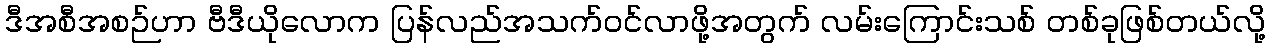
ဒီအစီအစဉ်ဟာ ဗီဒီယိုလောက ပြန်လည်အသက်ဝင်လာဖို့အတွက် လမ်းကြောင်းသစ် တစ်ခုဖြစ်တယ်လို့